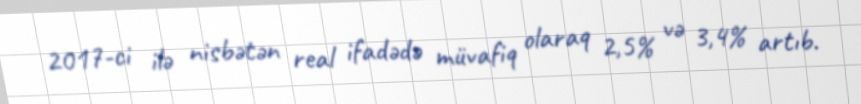
2017-ci ilə nisbətən real ifadədə müvafiq olaraq 2,5% və 3,4% artıb.